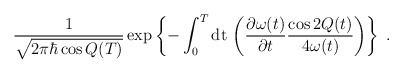
\begin{align*}\frac{1}{ \sqrt{2 \pi \hbar \cos Q(T) } }\exp \left \{ - \int_0^T {\rm dt} \, \left (\frac{\partial \omega(t)}{\partial t}\frac{\cos 2Q(t)}{4 \omega(t) } \right ) \right \} \; .\end{align*}